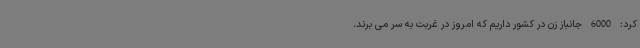
کرد: 6000 جانباز زن در کشور داریم که امروز در غربت به سر می برند.